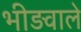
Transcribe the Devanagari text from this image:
भीड़वाले